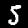
Label: 5